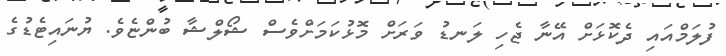
ފުލަމްއައި ދެކޮޅަށް އޭނާ ޖެހި ލަނޑު ވަރަށް މޮޅުކަމަށްވެސް ޝޯލްޝާ ބުންޏެވެ. ޔުނައިޓެޑުގެ